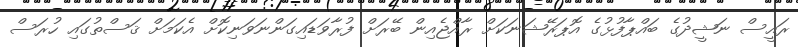
ރައީސް ނަޝީދުގެ ބައްޕާފުޅުގެ އޮޕަރޭޝަނަކަށް ރާއްޖެއިން ބޭރަށް ފުރާވަޑައިގަންނަވަނިކޮށް އެކަމަށް ޤަސްތުގައި ހުރަސް